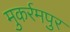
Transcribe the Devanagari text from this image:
मुकर्रमपुर